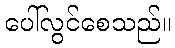
ပေါ်လွင်စေသည်။